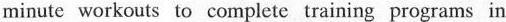
minutc workouts to complete training programs in